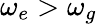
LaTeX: \omega_{e}>\omega_{g}